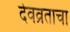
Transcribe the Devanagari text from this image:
देवव्रताचा